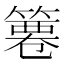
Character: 𥱺